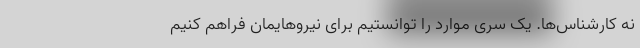
نه کارشناس‌ها. یک سری موارد را توانستیم برای نیروهایمان فراهم کنیم